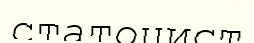
статоцист